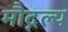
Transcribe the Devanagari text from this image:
मौद्गल्य